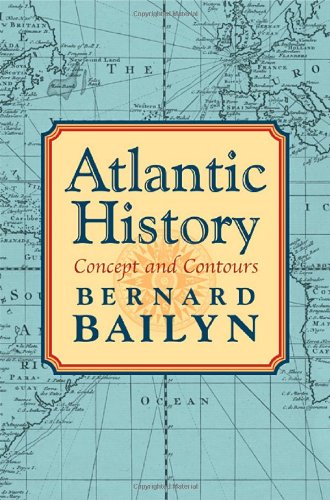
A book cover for Atlantic History: Concept and Contours; Bernard Bailyn; History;